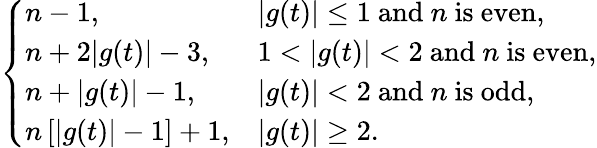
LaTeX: \left\{ \begin{array}{ll}{n-1,}&{|g(t)|\leq 1~\mathrm{and}~n~\mathrm{is}~\mathrm{even},}\\ {n+2|g(t)|-3,}&{1<|g(t)|<2~\mathrm{and}~n~\mathrm{is}~\mathrm{even},}\\ {n+|g(t)|-1,}&{|g(t)|<2~\mathrm{and}~n~\mathrm{is}~\mathrm{odd},}\\ {n\left[|g(t)|-1\right]+1,}&{|g(t)|\geq 2.}\end{array}\right.